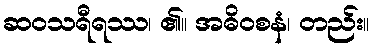
ဆဝသရီရဿ၊ ၏။ အဓိဝစနံ၊ တည်း။